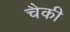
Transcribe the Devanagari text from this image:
चैकी